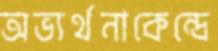
অভ্যর্থনাকেন্দ্রে